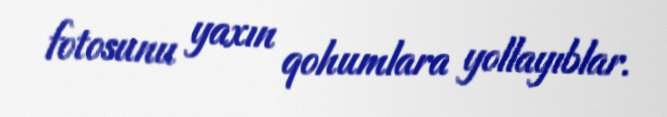
fotosunu yaxın qohumlara yollayıblar.